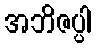
အဘိဇပ္ပါ